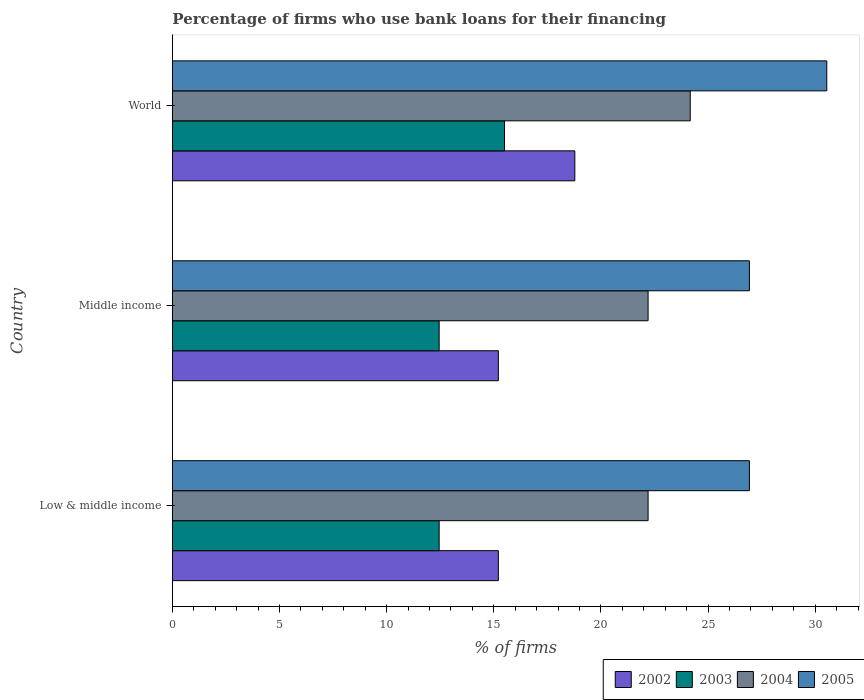
| Country | 2002 | 2003 | 2004 | 2005 |
 | --- | --- | --- | --- | --- |
 | Low & middle income | 15.2 | 12.4 | 22.2 | 26.9 |
 | Middle income | 15.2 | 12.4 | 22.2 | 26.9 |
 | World | 18.8 | 15.5 | 24.2 | 30.5 |